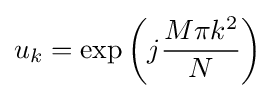
u_{k}=\exp \left(j{\frac {M\pi k^{2}}{N}}\right)